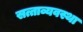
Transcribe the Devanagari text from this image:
सत्ताव्यवस्था